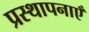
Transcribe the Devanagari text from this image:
प्रस्थापनाएँ